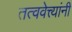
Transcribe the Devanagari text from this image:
तत्ववेत्त्यांनी